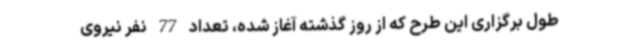
طول برگزاری این طرح که از روز گذشته آغاز شده، تعداد 77 نفر نیروی